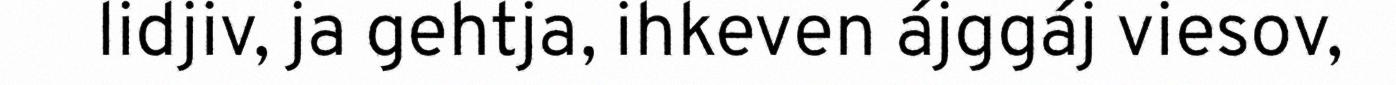
lidjiv, ja gehtja, ihkeven ájggáj viesov,